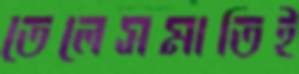
তেলেসমাতিই